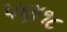
પણ૧૮